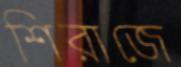
শিরাজে